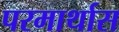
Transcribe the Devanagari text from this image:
परमार्थास